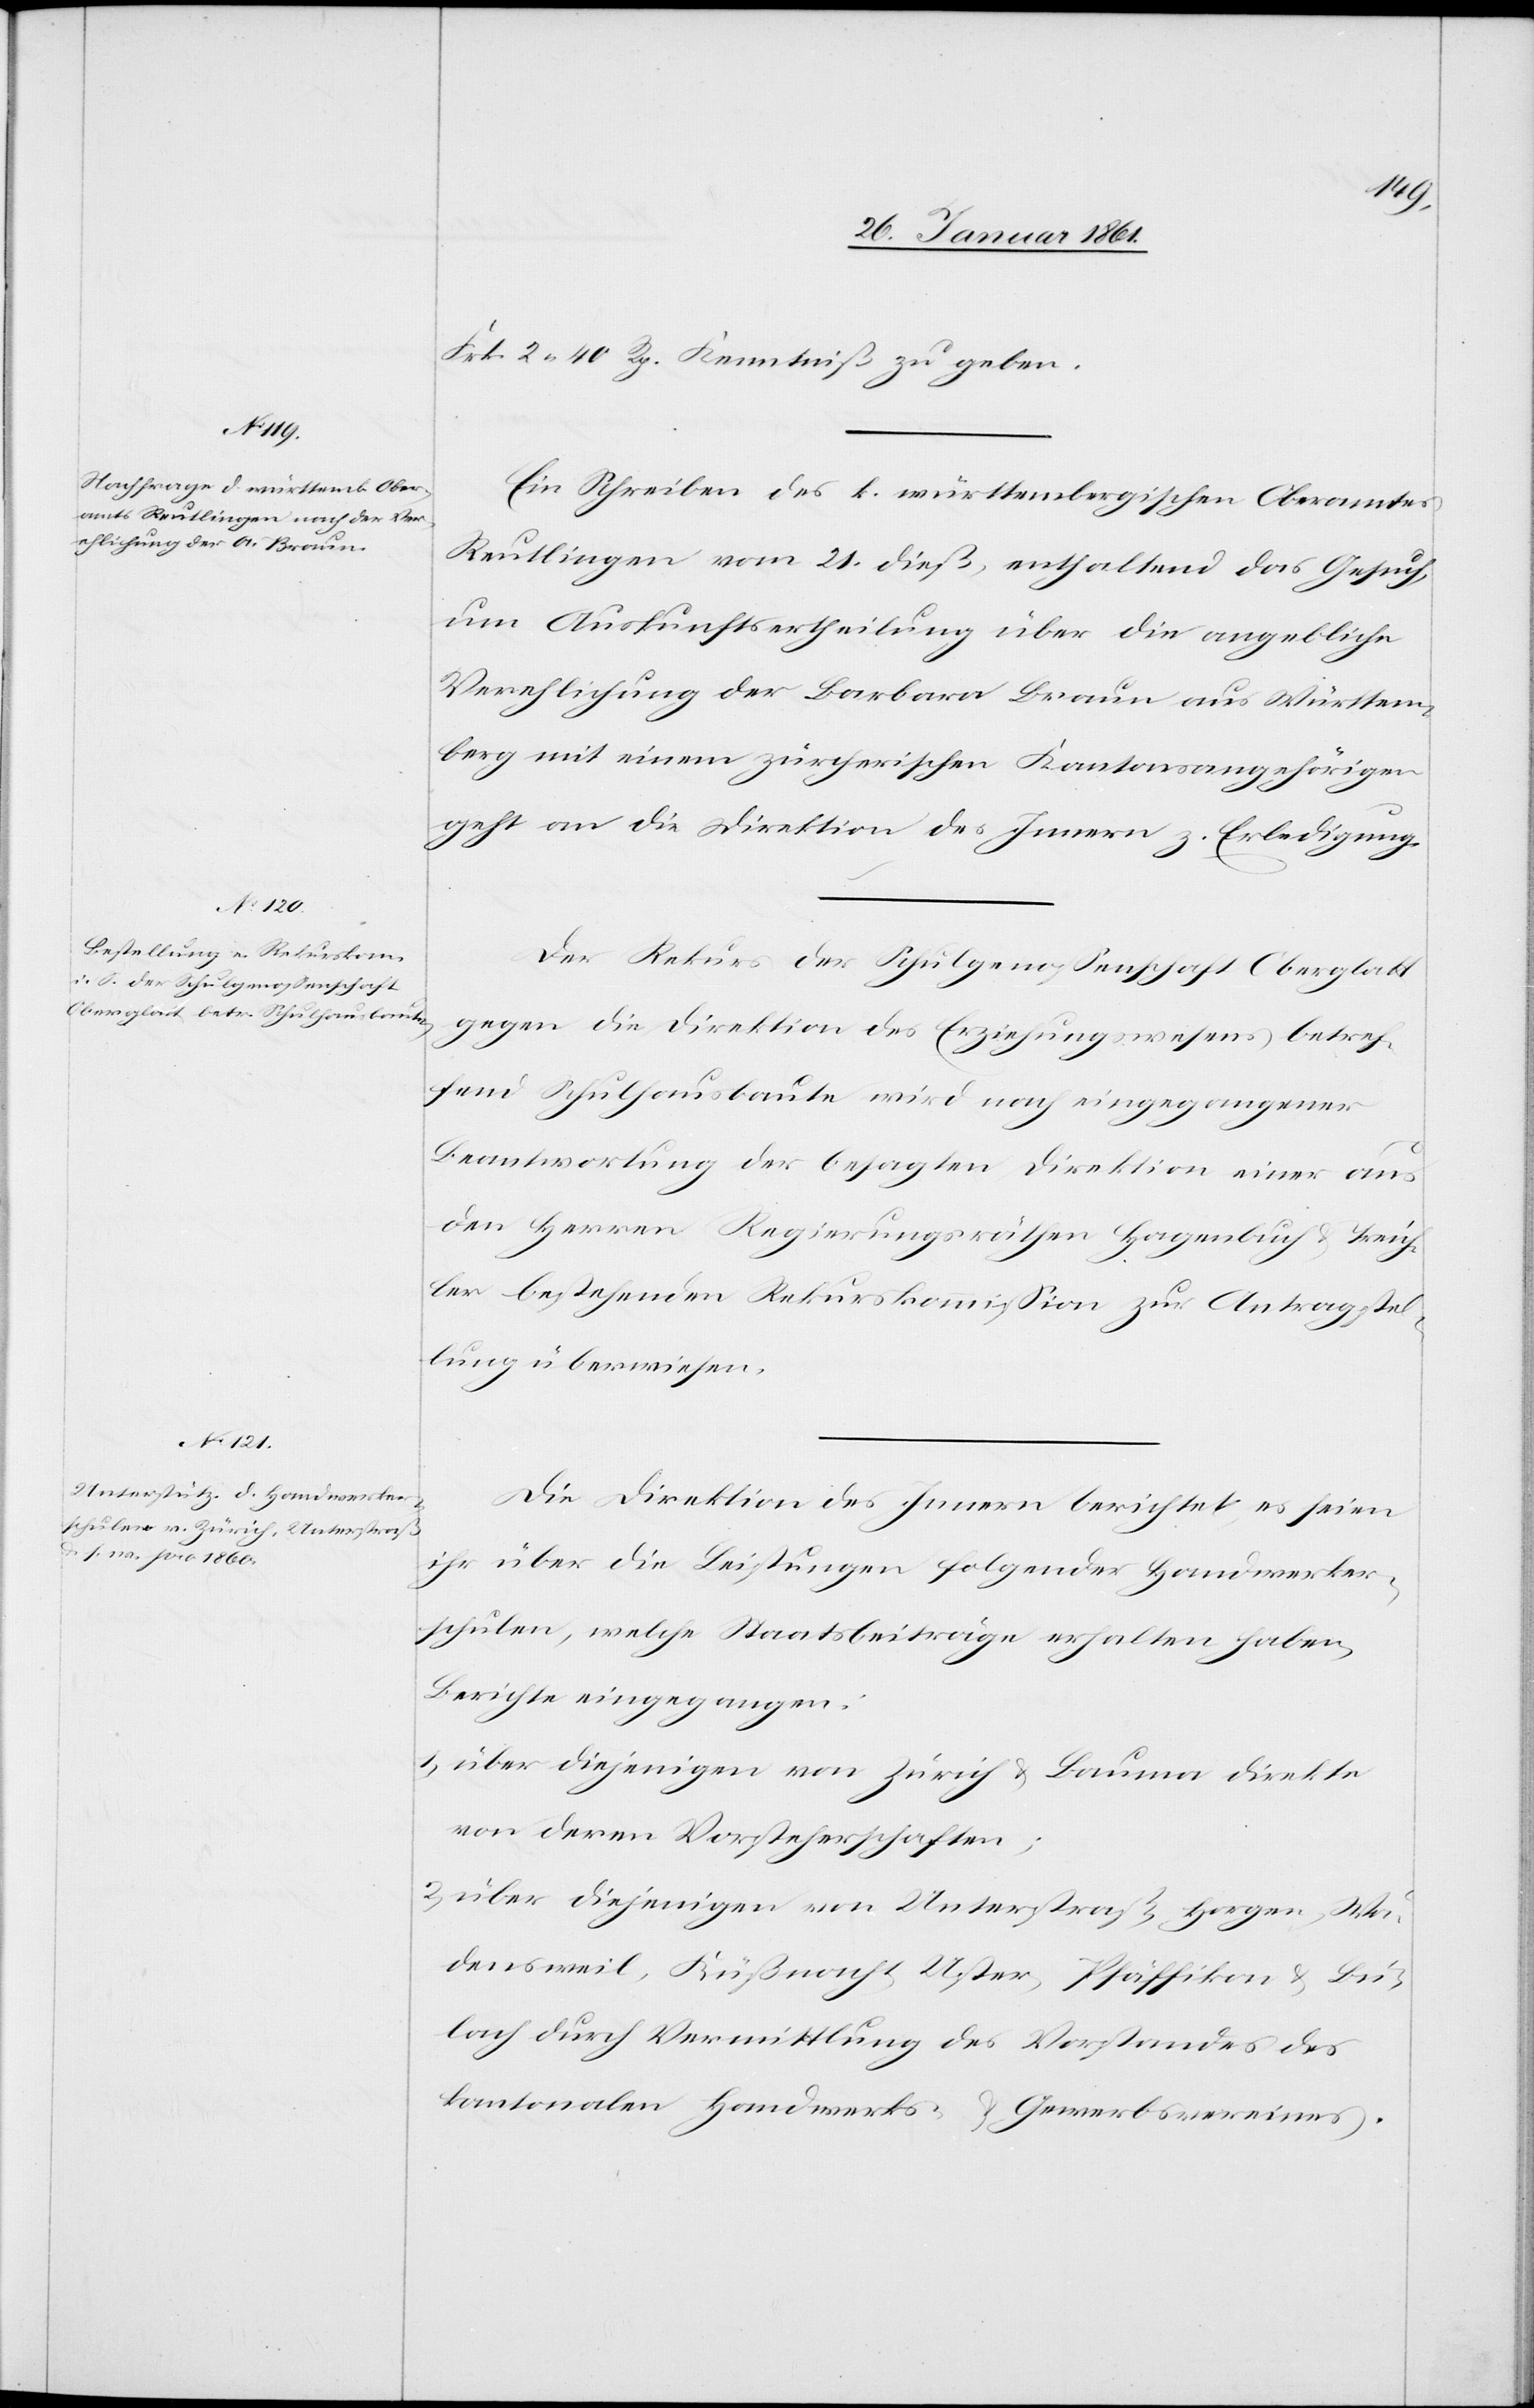
Frk. 2. 40 Rp. Kenntniß zu geben.
Ein Schreiben des k. württembergischen Oberamtes
Reutlingen vom 21. dieß, enthaltend das Gesuch,
um Auskunftsertheilung über die angebliche
Verehlichung der Barbara Braun aus Württem¬
berg mit einem zürcherischen Kantonsangehörigen
geht an die Direktion des Innern. Erledigung.
Der Rekurs der Schulgenossenschaft Oberglatt
gegen die Direktion des Erziehungswesens betref¬
fend Schulhausbaute wird nach eingegangener
Beantwortung der besagten Direktion einer aus
den Herren Regierungsräthen Hagenbuch u. Teich¬
ler bestehenden Rekurskommission zur Antragstel¬
lung überwiesen.
Die Direktion des Innern berichtet es seien
ihr über die Leistungen folgender Handwerker¬
schulen, welche Staatsbeiträge erhalten haben,
Berichte eingegangen:
1) über diejenigen von Zürich u. Bauma direkte
von deren Vorsteherschaften;
über diejenigen von Unterstraß, Horgen, Wä¬
densweil, Küßnacht, Uster, Pfäffikon u. Bü¬
lach durch Vermittlung des Vorstandes des
Kantonalen Handwerks- u. Gewerbsvereines.